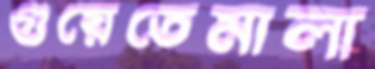
গুয়েতেমালা